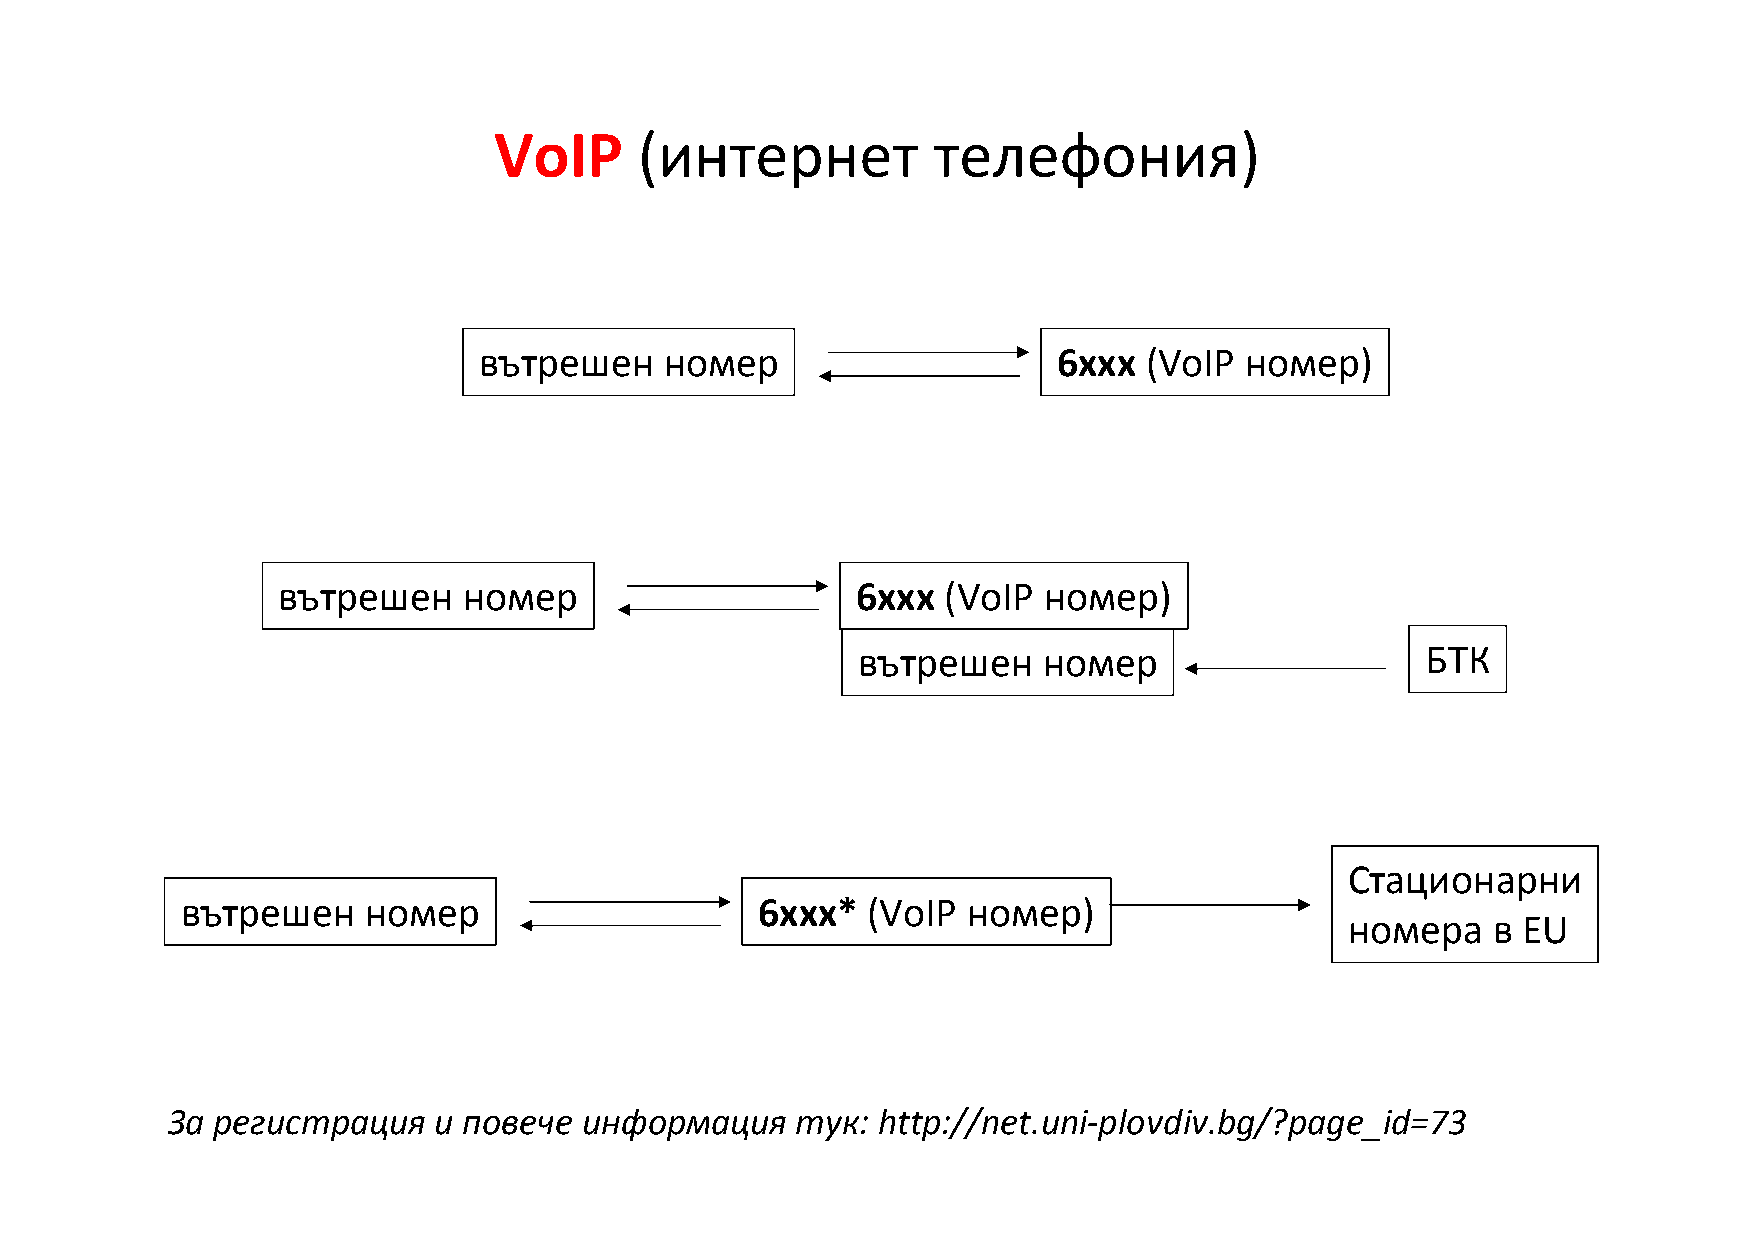
VoIP     (интернет           телефония)
 вътрешен    номер                     6xxx  (VoIP номер)
 вътрешен     номер                     6xxx (VoIP  номер)
 вътрешен    номер                    БТК
 Стационарни
 вътрешен    номер                     6xxx*  (VoIP  номер)
 номера    в EU
 За регистрация    и повече  информация    тук: http://net.uni-plovdiv.bg/?page_id=73